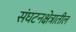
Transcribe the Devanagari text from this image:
संघटनक्षेत्रातील